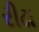
રીઢા